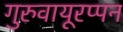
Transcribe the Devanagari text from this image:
गुरुवायूरप्पन